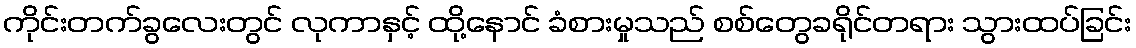
ကိုင်းတက်ခွလေးတွင် လုကာနှင့် ထို့နောင် ခံစားမှုသည် စစ်တွေခရိုင်တရား သွားထပ်ခြင်း